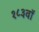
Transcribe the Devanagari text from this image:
१८३वॉ